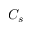
C _ { s }